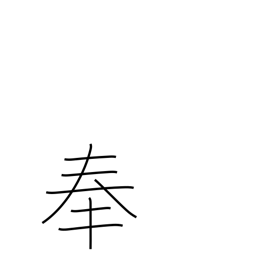
Meaning: observance